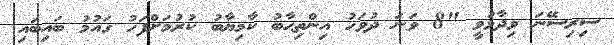
ސިރިސޭނަ ވިދާޅުވީ "8 ވަނަ ދުވަހު އިންތިޙާބު ކާމިޔާބު ކުރުމަށްފަހު ގައުމު ބައިބައި